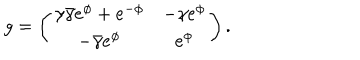
g = \left( \begin{array} { c c c } { { \gamma \bar { \gamma } e ^ { \phi } + e ^ { - \phi } } } & { { - \gamma e ^ { \phi } } } \\ { { - \bar { \gamma } e ^ { \phi } } } & { { e ^ { \phi } } } \\ \end{array} \right) .